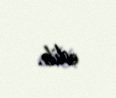
edib.